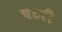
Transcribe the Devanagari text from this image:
चटरी